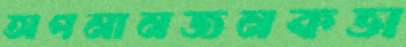
অপমানজনকভা